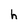
Character: h